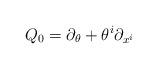
LaTeX: \begin{align*}Q_{0} = \partial_{\theta} + \theta^{i}\partial_{x^{i}}\end{align*}